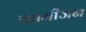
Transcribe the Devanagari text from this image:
कामीजन